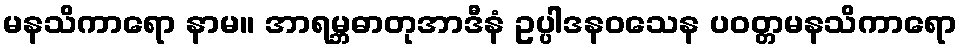
မနသိကာရော နာမ။ အာရမ္ဘဓာတုအာဒီနံ ဥပ္ပါဒနဝသေန ပဝတ္တမနသိကာရော